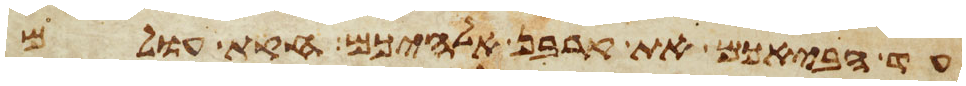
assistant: עד הבאכם את קרבן אלהיכם חקת עולם